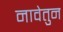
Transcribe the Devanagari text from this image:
नावेतुन